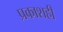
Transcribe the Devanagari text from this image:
प्रकाशही